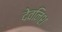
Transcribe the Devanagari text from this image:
देवनिश